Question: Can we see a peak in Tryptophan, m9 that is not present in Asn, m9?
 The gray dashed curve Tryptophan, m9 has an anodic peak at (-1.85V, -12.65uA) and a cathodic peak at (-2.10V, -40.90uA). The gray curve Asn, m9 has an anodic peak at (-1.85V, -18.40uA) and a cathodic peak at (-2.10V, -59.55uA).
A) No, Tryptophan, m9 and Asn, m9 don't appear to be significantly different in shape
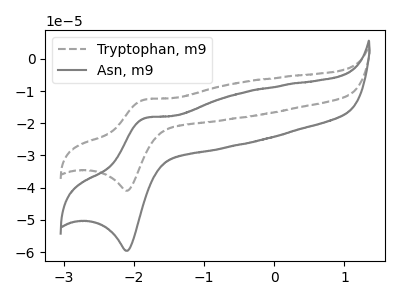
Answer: <think>All the peaks in "Tryptophan, m9" have a peak in "Asn, m9" at the same potential.
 </think>
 <answer>A) No, "Tryptophan, m9" and "Asn, m9" don't appear to be significantly different in shape</answer>
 <eval>A</eval>